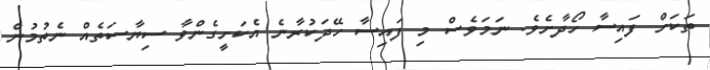
ތަކަށް ފައިސާ ހޯދާށެވެ. ނަމަވެސް މި ފައިސާ ހޭދަކުރާނެ އެކަށީގެންވާ ސިޔާސަތެއް ނެތުމުން